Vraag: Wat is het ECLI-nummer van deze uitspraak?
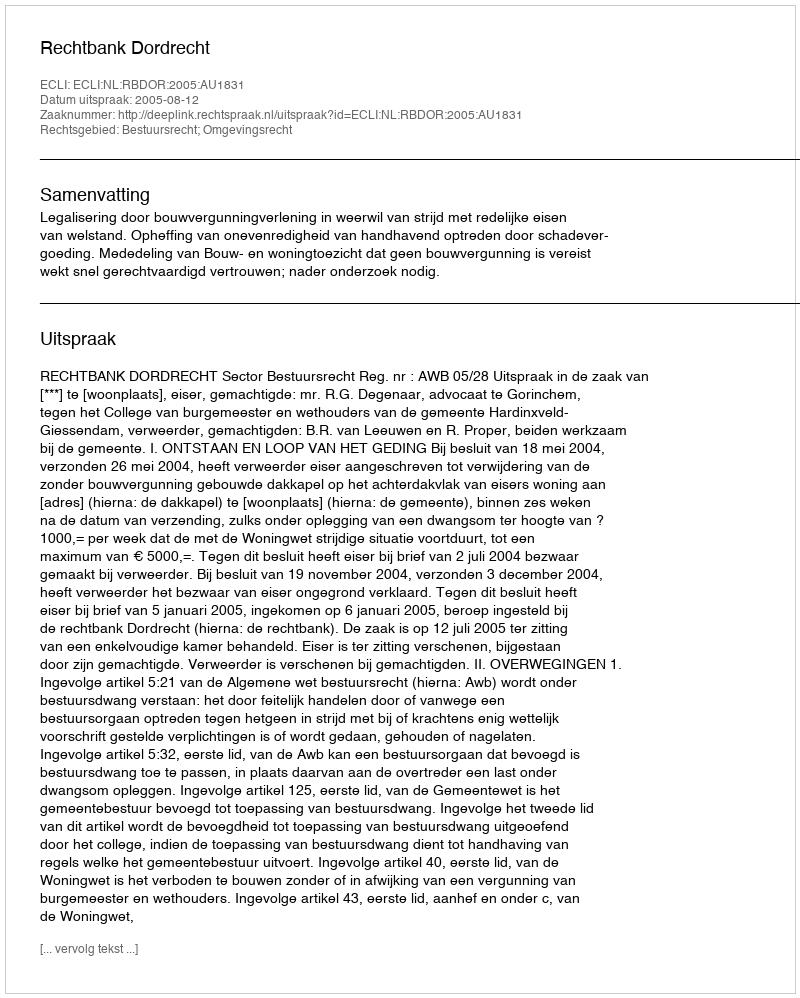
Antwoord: ECLI:NL:RBDOR:2005:AU1831